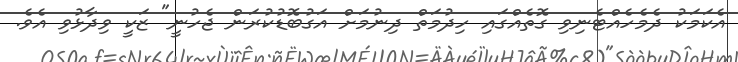
އެކަމަކު ދެމެހެއްޓެނިވި ގޮތެއްގައި ހިދުމަތް ދިނުމަށް އަގުބޮޑުކުރަން ޖެހުނީ" ޒަކީ ވިދާޅުވި އެވެ.